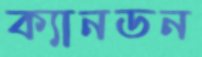
ক্যানডন